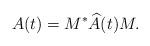
LaTeX: \begin{align*}A(t) = M^* \widehat{A} (t) M.\end{align*}